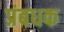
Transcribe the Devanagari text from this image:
प्रंबधक